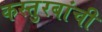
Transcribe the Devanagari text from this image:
कस्तुरबांची